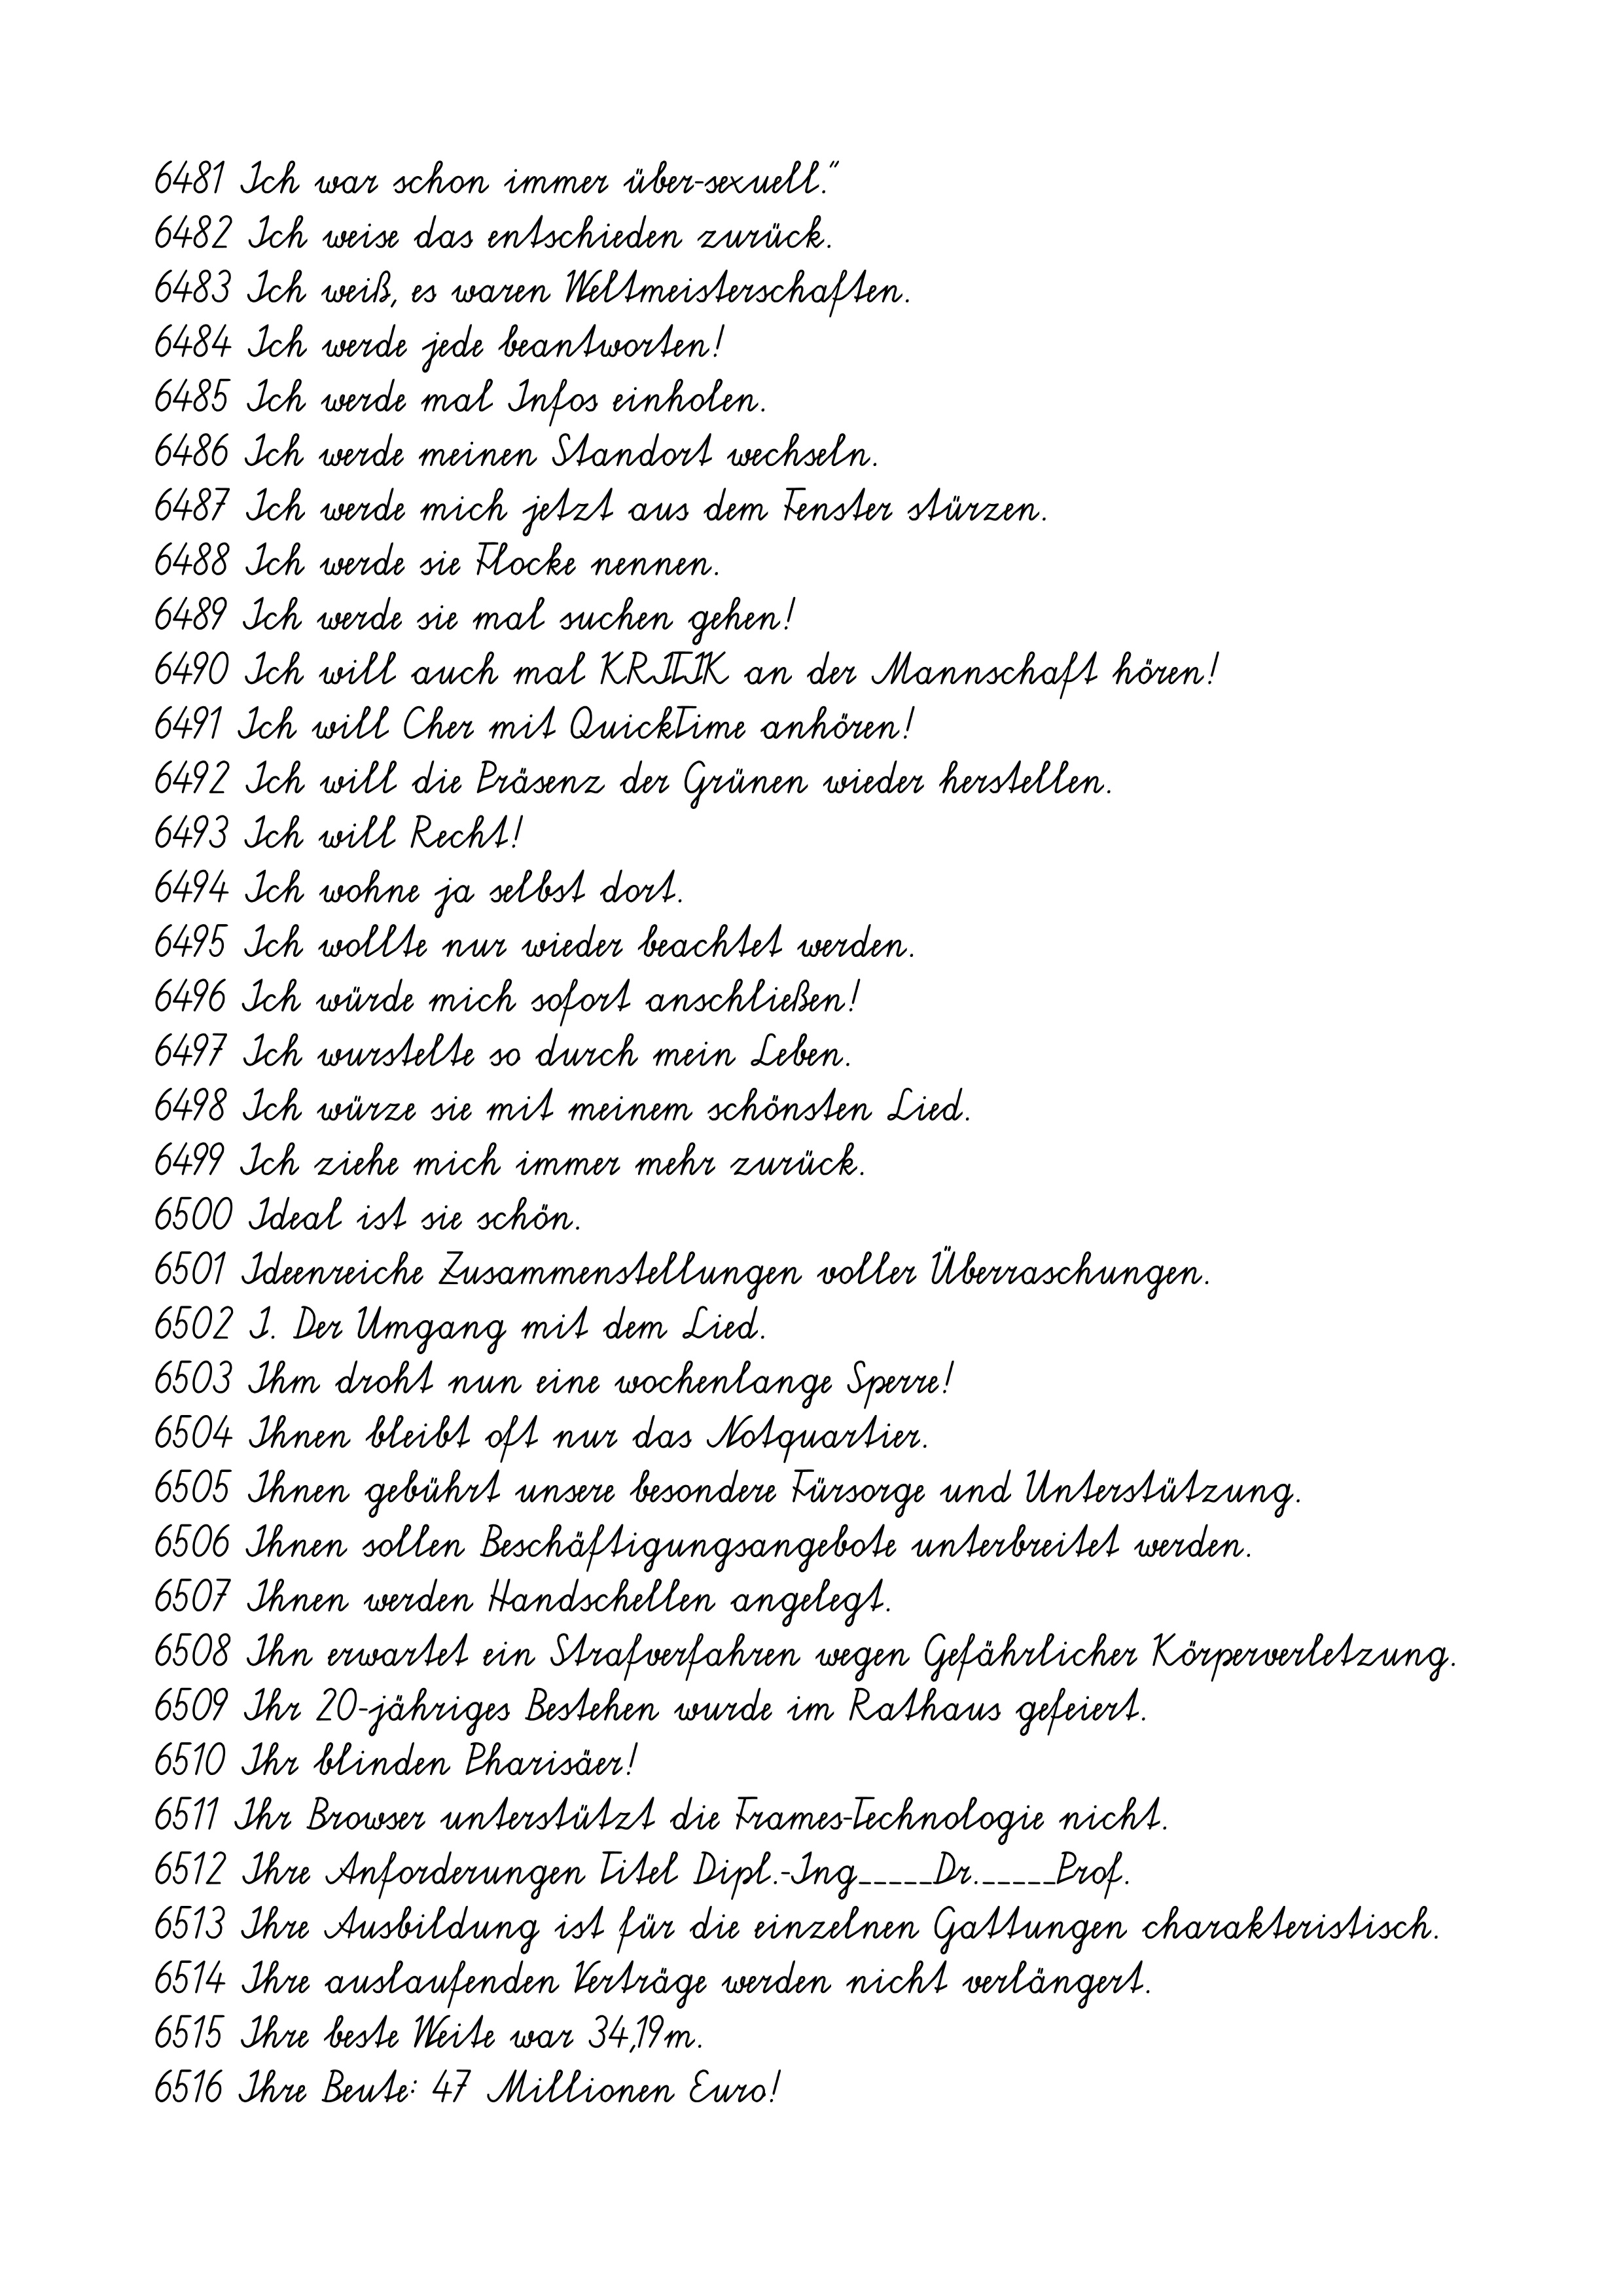
6481 Ich war schon immer über-sexuell."
6482 Ich weise das entschieden zurück.
6483 Ich weiß, es waren Weltmeisterschaften.
6484 Ich werde jede beantworten!
6485 Ich werde mal Infos einholen.
6486 Ich werde meinen Standort wechseln.
6487 Ich werde mich jetzt aus dem Fenster stürzen.
6488 Ich werde sie Flocke nennen.
6489 Ich werde sie mal suchen gehen!
6490 Ich will auch mal KRITIK an der Mannschaft hören!
6491 Ich will Cher mit QuickTime anhören!
6492 Ich will die Präsenz der Grünen wieder herstellen.
6493 Ich will Recht!
6494 Ich wohne ja selbst dort.
6495 Ich wollte nur wieder beachtet werden.
6496 Ich würde mich sofort anschließen!
6497 Ich wurstelte so durch mein Leben.
6498 Ich würze sie mit meinem schönsten Lied.
6499 Ich ziehe mich immer mehr zurück.
6500 Ideal ist sie schön.
6501 Ideenreiche Zusammenstellungen voller Überraschungen.
6502 I. Der Umgang mit dem Lied.
6503 Ihm droht nun eine wochenlange Sperre!
6504 Ihnen bleibt oft nur das Notquartier.
6505 Ihnen gebührt unsere besondere Fürsorge und Unterstützung.
6506 Ihnen sollen Beschäftigungsangebote unterbreitet werden.
6507 Ihnen werden Handschellen angelegt.
6508 Ihn erwartet ein Strafverfahren wegen Gefährlicher Körperverletzung.
6509 Ihr 20-jähriges Bestehen wurde im Rathaus gefeiert.
6510 Ihr blinden Pharisäer!
6511 Ihr Browser unterstützt die Frames-Technologie nicht.
6512 Ihre Anforderungen Titel Dipl.-Ing_____Dr._____Prof.
6513 Ihre Ausbildung ist für die einzelnen Gattungen charakteristisch.
6514 Ihre auslaufenden Verträge werden nicht verlängert.
6515 Ihre beste Weite war 34,19m.
6516 Ihre Beute: 47 Millionen Euro!